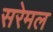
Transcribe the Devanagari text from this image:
सरेमल